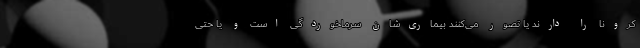
کرونا را دارند یا تصور می‌کنند بیماری‌شان سرماخوردگی است و یا حتی